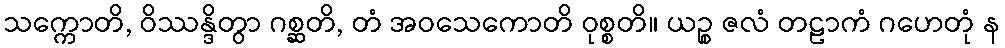
သက္ကောတိ, ဝိဿန္ဒိတွာ ဂစ္ဆတိ, တံ အဝသေကောတိ ဝုစ္စတိ။ ယဉ္စ ဇလံ တဠာကံ ဂဟေတုံ န